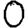
Digit: 0